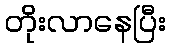
တိုးလာနေပြီး